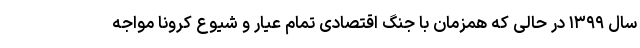
سال ۱۳۹۹ در حالی که همزمان با جنگ اقتصادی تمام عیار و شیوع کرونا مواجه